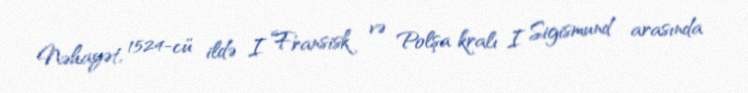
Nəhayət, 1524-cü ildə I Fransisk və Polşa kralı I Sigismund arasında